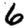
Digit: 6